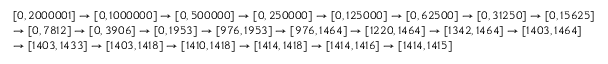
{ \begin{array} { r l } & { [ 0 , 2 0 0 0 0 0 1 ] \rightarrow [ 0 , 1 0 0 0 0 0 0 ] \rightarrow [ 0 , 5 0 0 0 0 0 ] \rightarrow [ 0 , 2 5 0 0 0 0 ] \rightarrow [ 0 , 1 2 5 0 0 0 ] \rightarrow [ 0 , 6 2 5 0 0 ] \rightarrow [ 0 , 3 1 2 5 0 ] \rightarrow [ 0 , 1 5 6 2 5 ] } \\ & { \rightarrow [ 0 , 7 8 1 2 ] \rightarrow [ 0 , 3 9 0 6 ] \rightarrow [ 0 , 1 9 5 3 ] \rightarrow [ 9 7 6 , 1 9 5 3 ] \rightarrow [ 9 7 6 , 1 4 6 4 ] \rightarrow [ 1 2 2 0 , 1 4 6 4 ] \rightarrow [ 1 3 4 2 , 1 4 6 4 ] \rightarrow [ 1 4 0 3 , 1 4 6 4 ] } \\ & { \rightarrow [ 1 4 0 3 , 1 4 3 3 ] \rightarrow [ 1 4 0 3 , 1 4 1 8 ] \rightarrow [ 1 4 1 0 , 1 4 1 8 ] \rightarrow [ 1 4 1 4 , 1 4 1 8 ] \rightarrow [ 1 4 1 4 , 1 4 1 6 ] \rightarrow [ 1 4 1 4 , 1 4 1 5 ] } \end{array} }